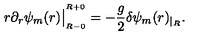
r \partial _ { r } \psi _ { m } ( r ) \big | _ { _ { R - 0 } } ^ { ^ { R + 0 } } = - { \frac { g } { 2 } } \delta \psi _ { m } ( r ) _ { | _ { R } } .